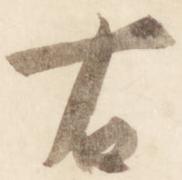
右